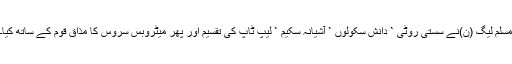
مسلم لیگ (ن)نے سستی روٹی ` دانش سکولوں ` آشیانہ سکیم ` لیپ ٹاپ کی تقسیم اور پھر میٹروبس سروس کا مذاق قوم کے ساتھ کیا۔